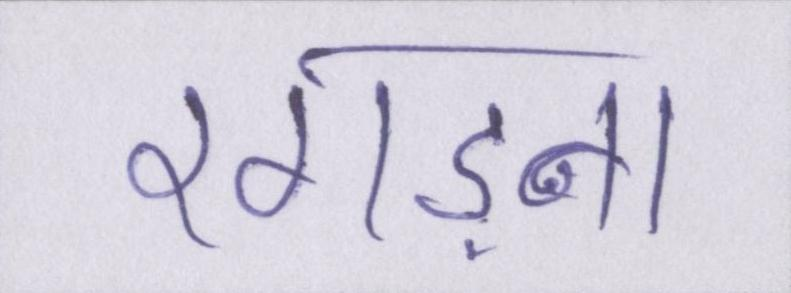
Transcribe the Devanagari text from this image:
रगड़ना